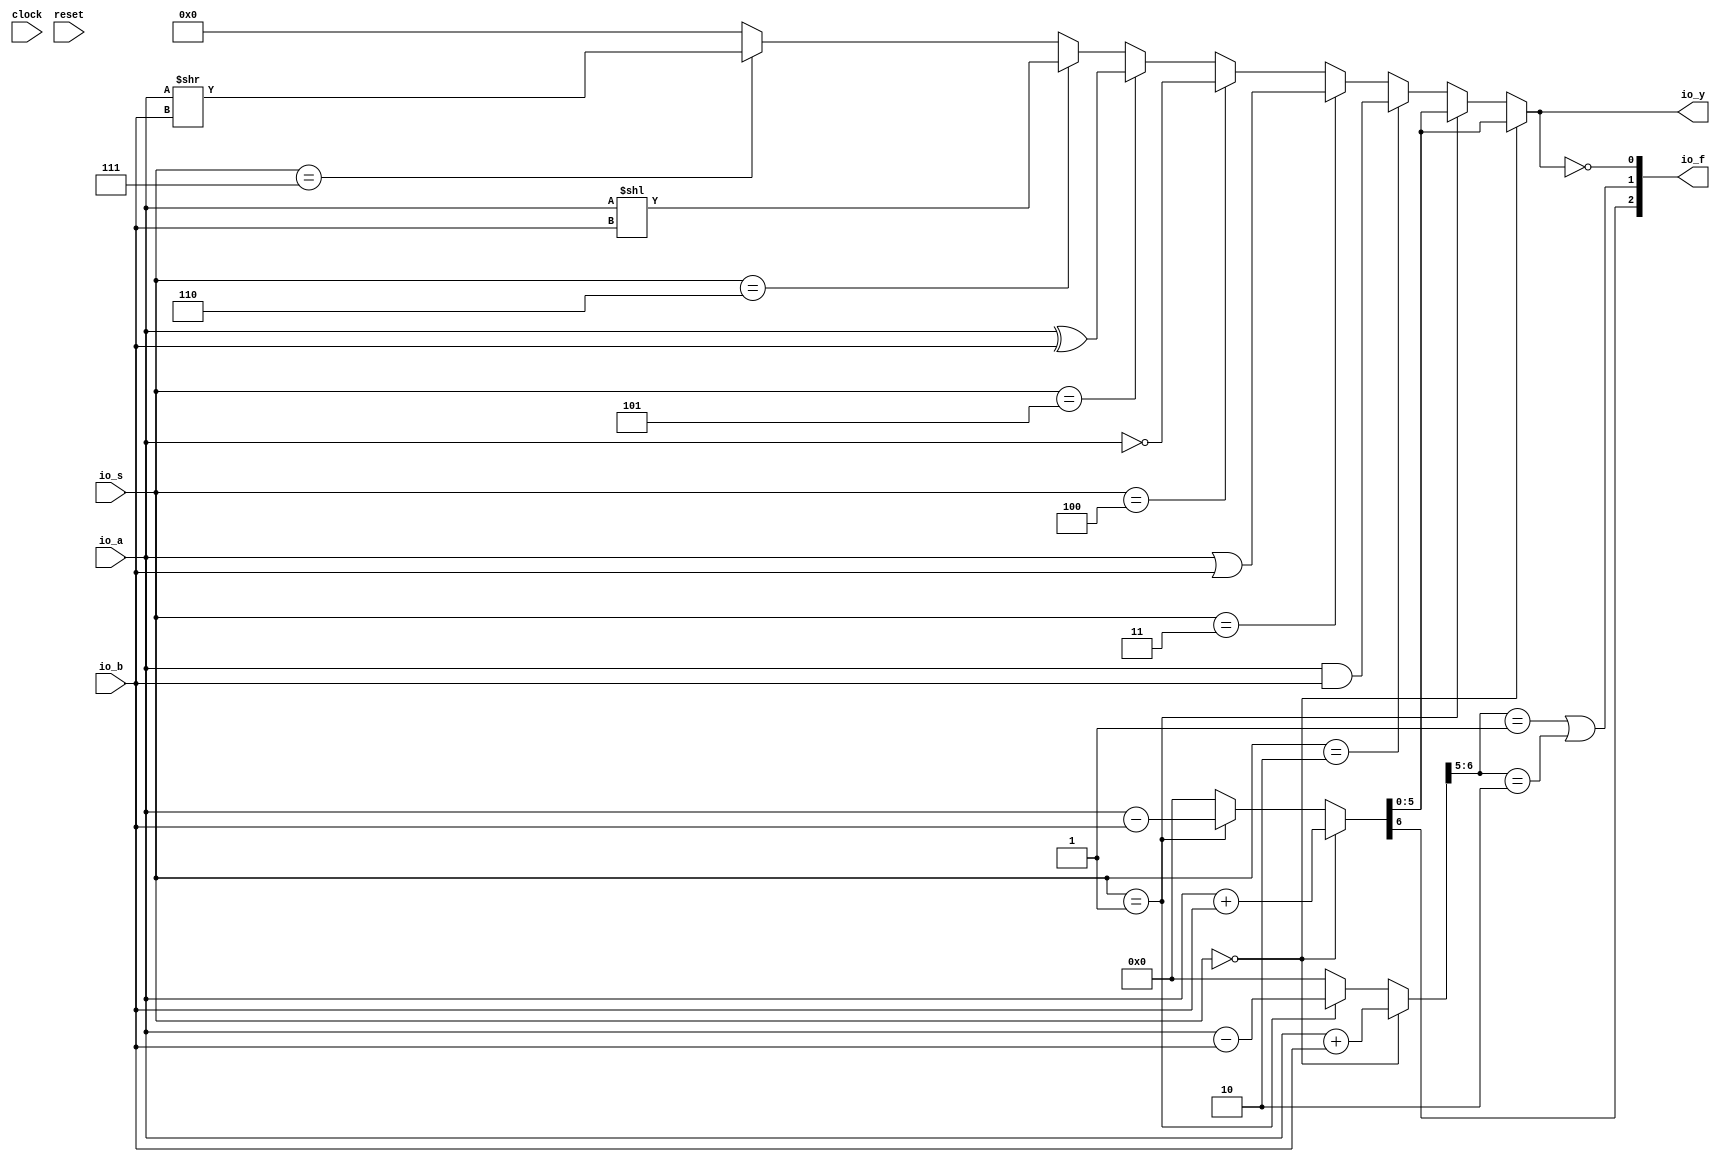
module ALU2( // @[:@3.2]
  input        clock, // @[:@4.4]
  input        reset, // @[:@5.4]
  input  [5:0] io_a, // @[:@6.4]
  input  [5:0] io_b, // @[:@6.4]
  input  [2:0] io_s, // @[:@6.4]
  output [5:0] io_y, // @[:@6.4]
  output [2:0] io_f // @[:@6.4]
);
  wire  _T_22; // @[ALU2.scala 25:14:@15.4]
  wire [6:0] _T_23; // @[ALU2.scala 26:26:@17.6]
  wire [5:0] _T_24; // @[ALU2.scala 27:25:@19.6]
  wire [5:0] _T_25; // @[ALU2.scala 27:40:@20.6]
  wire [6:0] _T_26; // @[ALU2.scala 27:32:@21.6]
  wire  _T_27; // @[ALU2.scala 29:20:@26.6]
  wire [6:0] _T_28; // @[ALU2.scala 30:26:@28.8]
  wire [6:0] _T_29; // @[ALU2.scala 30:26:@29.8]
  wire [6:0] _T_32; // @[ALU2.scala 31:32:@33.8]
  wire  _T_33; // @[ALU2.scala 33:20:@38.8]
  wire [5:0] _T_34; // @[ALU2.scala 34:18:@40.10]
  wire  _T_35; // @[ALU2.scala 35:20:@44.10]
  wire [5:0] _T_36; // @[ALU2.scala 36:18:@46.12]
  wire  _T_37; // @[ALU2.scala 37:20:@50.12]
  wire [5:0] _T_38; // @[ALU2.scala 38:13:@52.14]
  wire  _T_39; // @[ALU2.scala 39:20:@56.14]
  wire [5:0] _T_40; // @[ALU2.scala 40:18:@58.16]
  wire  _T_41; // @[ALU2.scala 41:20:@62.16]
  wire [68:0] _GEN_12; // @[ALU2.scala 42:18:@64.18]
  wire [68:0] _T_42; // @[ALU2.scala 42:18:@64.18]
  wire  _T_43; // @[ALU2.scala 43:20:@68.18]
  wire [5:0] _T_44; // @[ALU2.scala 44:18:@70.20]
  wire [5:0] _GEN_0; // @[ALU2.scala 43:29:@69.18]
  wire [68:0] _GEN_1; // @[ALU2.scala 41:29:@63.16]
  wire [68:0] _GEN_2; // @[ALU2.scala 39:30:@57.14]
  wire [68:0] _GEN_3; // @[ALU2.scala 37:30:@51.12]
  wire [68:0] _GEN_4; // @[ALU2.scala 35:29:@45.10]
  wire [68:0] _GEN_5; // @[ALU2.scala 33:30:@39.8]
  wire [6:0] _GEN_6; // @[ALU2.scala 29:32:@27.6]
  wire [6:0] _GEN_7; // @[ALU2.scala 29:32:@27.6]
  wire [6:0] arith_result; // @[ALU2.scala 25:24:@16.4]
  wire [68:0] _GEN_8; // @[ALU2.scala 29:32:@27.6]
  wire [6:0] sext_result; // @[ALU2.scala 25:24:@16.4]
  wire [68:0] _GEN_11; // @[ALU2.scala 25:24:@16.4]
  wire  flag_zero; // @[ALU2.scala 49:21:@76.4]
  wire [1:0] _T_48; // @[ALU2.scala 50:32:@78.4]
  wire  _T_50; // @[ALU2.scala 50:43:@79.4]
  wire  _T_53; // @[ALU2.scala 50:81:@81.4]
  wire  flag_overflow; // @[ALU2.scala 50:56:@82.4]
  wire  flag_carry; // @[ALU2.scala 51:29:@84.4]
  wire [1:0] _T_56; // @[Cat.scala 30:58:@86.4]
  assign _T_22 = io_s == 3'h0; // @[ALU2.scala 25:14:@15.4]
  assign _T_23 = io_a + io_b; // @[ALU2.scala 26:26:@17.6]
  assign _T_24 = $signed(io_a); // @[ALU2.scala 27:25:@19.6]
  assign _T_25 = $signed(io_b); // @[ALU2.scala 27:40:@20.6]
  assign _T_26 = $signed(_T_24) + $signed(_T_25); // @[ALU2.scala 27:32:@21.6]
  assign _T_27 = io_s == 3'h1; // @[ALU2.scala 29:20:@26.6]
  assign _T_28 = io_a - io_b; // @[ALU2.scala 30:26:@28.8]
  assign _T_29 = $unsigned(_T_28); // @[ALU2.scala 30:26:@29.8]
  assign _T_32 = $signed(_T_24) - $signed(_T_25); // @[ALU2.scala 31:32:@33.8]
  assign _T_33 = io_s == 3'h2; // @[ALU2.scala 33:20:@38.8]
  assign _T_34 = io_a & io_b; // @[ALU2.scala 34:18:@40.10]
  assign _T_35 = io_s == 3'h3; // @[ALU2.scala 35:20:@44.10]
  assign _T_36 = io_a | io_b; // @[ALU2.scala 36:18:@46.12]
  assign _T_37 = io_s == 3'h4; // @[ALU2.scala 37:20:@50.12]
  assign _T_38 = ~ io_a; // @[ALU2.scala 38:13:@52.14]
  assign _T_39 = io_s == 3'h5; // @[ALU2.scala 39:20:@56.14]
  assign _T_40 = io_a ^ io_b; // @[ALU2.scala 40:18:@58.16]
  assign _T_41 = io_s == 3'h6; // @[ALU2.scala 41:20:@62.16]
  assign _GEN_12 = {{63'd0}, io_a}; // @[ALU2.scala 42:18:@64.18]
  assign _T_42 = _GEN_12 << io_b; // @[ALU2.scala 42:18:@64.18]
  assign _T_43 = io_s == 3'h7; // @[ALU2.scala 43:20:@68.18]
  assign _T_44 = io_a >> io_b; // @[ALU2.scala 44:18:@70.20]
  assign _GEN_0 = _T_43 ? _T_44 : 6'h0; // @[ALU2.scala 43:29:@69.18]
  assign _GEN_1 = _T_41 ? _T_42 : {{63'd0}, _GEN_0}; // @[ALU2.scala 41:29:@63.16]
  assign _GEN_2 = _T_39 ? {{63'd0}, _T_40} : _GEN_1; // @[ALU2.scala 39:30:@57.14]
  assign _GEN_3 = _T_37 ? {{63'd0}, _T_38} : _GEN_2; // @[ALU2.scala 37:30:@51.12]
  assign _GEN_4 = _T_35 ? {{63'd0}, _T_36} : _GEN_3; // @[ALU2.scala 35:29:@45.10]
  assign _GEN_5 = _T_33 ? {{63'd0}, _T_34} : _GEN_4; // @[ALU2.scala 33:30:@39.8]
  assign _GEN_6 = _T_27 ? _T_29 : 7'h0; // @[ALU2.scala 29:32:@27.6]
  assign _GEN_7 = _T_27 ? $signed(_T_32) : $signed(7'sh0); // @[ALU2.scala 29:32:@27.6]
  assign arith_result = _T_22 ? _T_23 : _GEN_6; // @[ALU2.scala 25:24:@16.4]
  assign _GEN_8 = _T_27 ? {{62'd0}, arith_result} : _GEN_5; // @[ALU2.scala 29:32:@27.6]
  assign sext_result = _T_22 ? $signed(_T_26) : $signed(_GEN_7); // @[ALU2.scala 25:24:@16.4]
  assign _GEN_11 = _T_22 ? {{62'd0}, arith_result} : _GEN_8; // @[ALU2.scala 25:24:@16.4]
  assign flag_zero = io_y == 6'h0; // @[ALU2.scala 49:21:@76.4]
  assign _T_48 = sext_result[6:5]; // @[ALU2.scala 50:32:@78.4]
  assign _T_50 = _T_48 == 2'h1; // @[ALU2.scala 50:43:@79.4]
  assign _T_53 = _T_48 == 2'h2; // @[ALU2.scala 50:81:@81.4]
  assign flag_overflow = _T_50 | _T_53; // @[ALU2.scala 50:56:@82.4]
  assign flag_carry = arith_result[6]; // @[ALU2.scala 51:29:@84.4]
  assign _T_56 = {flag_carry,flag_overflow}; // @[Cat.scala 30:58:@86.4]
  assign io_y = _GEN_11[5:0]; // @[ALU2.scala 28:10:@23.6 ALU2.scala 32:10:@35.8 ALU2.scala 34:10:@41.10 ALU2.scala 36:10:@47.12 ALU2.scala 38:10:@53.14 ALU2.scala 40:10:@59.16 ALU2.scala 42:10:@65.18 ALU2.scala 44:10:@71.20 ALU2.scala 46:10:@74.20]
  assign io_f = {_T_56,flag_zero}; // @[ALU2.scala 53:8:@88.4]
endmodule